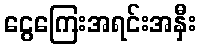
ငွေကြေးအရင်းအနှီး